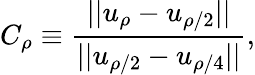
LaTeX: C_{\rho}\equiv\frac{||u_{\rho}-u_{\rho/2}||}{||u_{\rho/2}-u_{\rho/4}||},